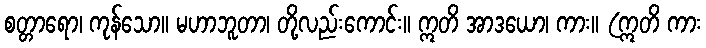
စတ္တာရော၊ ကုန်သော။ မဟာဘူတာ၊ တို့လည်းကောင်း။ ဣတိ အာဒယော၊ ကား။ (ဣတိ ကား